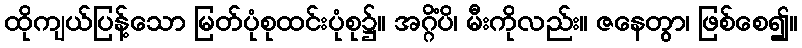
ထိုကျယ်ပြန့်သော မြတ်ပုံစုထင်းပုံစု၌။ အဂ္ဂိံပိ၊ မီးကိုလည်း။ ဇနေတွာ၊ ဖြစ်စေ၍။